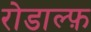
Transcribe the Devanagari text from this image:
रोडाल्फ़